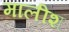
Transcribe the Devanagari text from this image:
मालीश